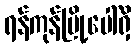
ရန်ကုန်မြို့ပေါ်ရှိ